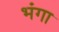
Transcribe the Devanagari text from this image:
भंगा